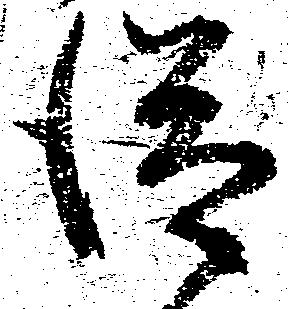
従